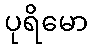
ပုရိမော